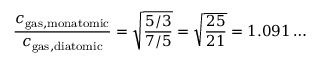
{ \frac { c _ { \mathrm { g a s , m o n a t o m i c } } } { c _ { \mathrm { g a s , d i a t o m i c } } } } = { \sqrt { \frac { 5 / 3 } { 7 / 5 } } } = { \sqrt { \frac { 2 5 } { 2 1 } } } = 1 . 0 9 1 \ldots